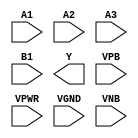
module sky130_fd_sc_hd__a31oi (
    //# {{data|Data Signals}}
    input  A1  ,
    input  A2  ,
    input  A3  ,
    input  B1  ,
    output Y   ,

    //# {{power|Power}}
    input  VPB ,
    input  VPWR,
    input  VGND,
    input  VNB
);
endmodule